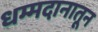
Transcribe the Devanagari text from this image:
धम्मदानातून